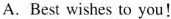
A. Best wishes to you!